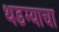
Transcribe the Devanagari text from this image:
थडग्याचा